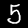
Label: 5